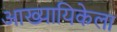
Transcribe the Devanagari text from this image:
आख्यायिकेला